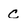
Character: C